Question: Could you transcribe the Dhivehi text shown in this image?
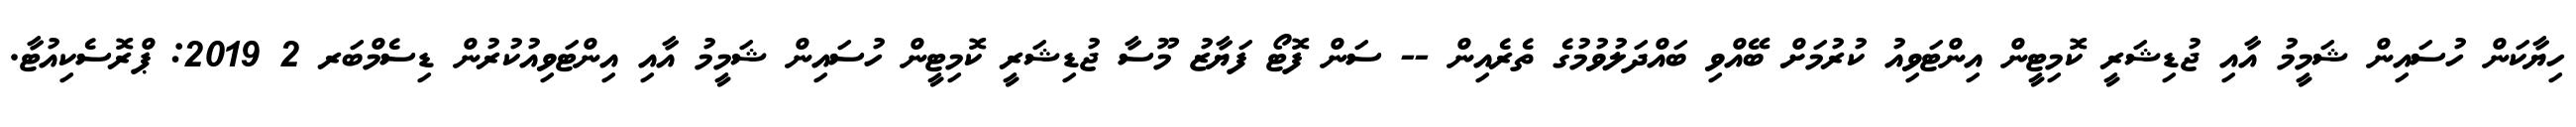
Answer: ހިޔާކަން ހުސައިން ޝަމީމު އާއި ޖުޑިޝަރީ ކޮމިޓީން އިންޓަވިއު ކުރުމަށް ބޭއްވި ބައްދަލުވުމުގެ ތެރެއިން -- ސަން ފޮޓޯ ފަޔާޒު މޫސާ ޖުޑިޝަރީ ކޮމިޓީން ހުސައިން ޝަމީމު އާއި އިންޓަވިއުކުރުން ޑިސެމްބަރ 2 2019: ޕްރޮސެކިއުޓާ.